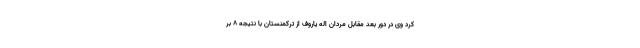
کرد وی در دور بعد مقابل مردان اله یاروف از ترکمنستان با نتیجه ۸ بر